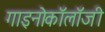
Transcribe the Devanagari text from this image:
गाइनोकॉलॉजी